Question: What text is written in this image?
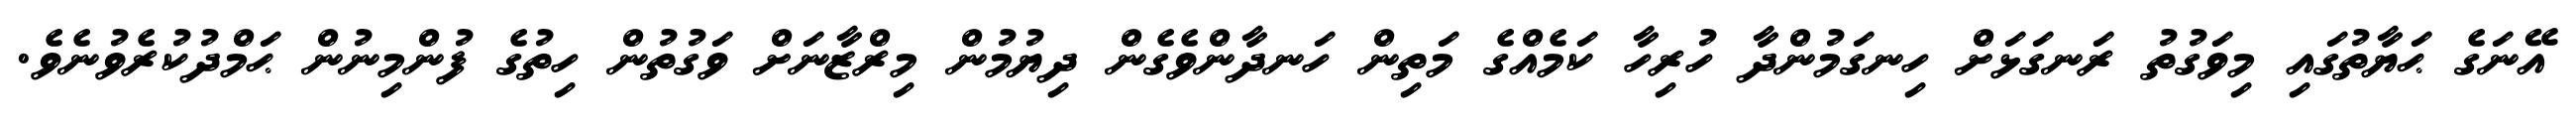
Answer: އޭނަގެ ޙަޔާތުގައި މިވަގުތު ރަނގަޅަށް ހިނގަމުންދާ ހުރިހާ ކަމެއްގެ މަތިން ހަނދާންވެގެން ދިޔުމުން މިރްޒާނަށް ވަގުތުން ހިތުގެ ފުންމިނުން ޙަމްދުކުރެވުނެވެ.